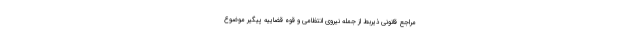
مراجع قانونی ذیربط از جمله نیروی انتظامی و قوه قضاییه پیگیر موضوع